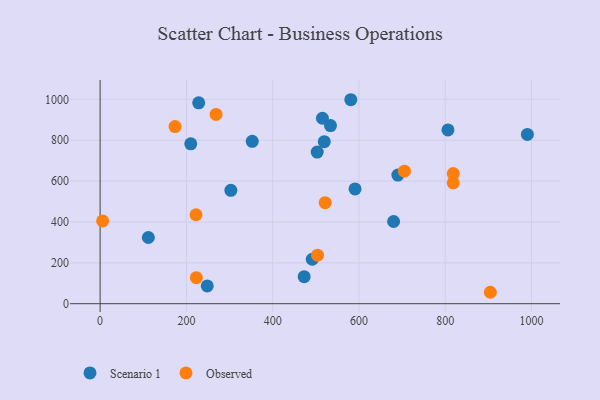
{"axis": {"x": "Investment", "y": "Exam Score"}, "legend": ["Observed", "Scenario 1"], "data": [{"x": "680.3", "y": 402.2, "type": "Scenario 1"}, {"x": "690.2", "y": 629.3, "type": "Scenario 1"}, {"x": "503.2", "y": 742.1, "type": "Scenario 1"}, {"x": "581.1", "y": 998.1, "type": "Scenario 1"}, {"x": "491.7", "y": 217.4, "type": "Scenario 1"}, {"x": "590.9", "y": 561.6, "type": "Scenario 1"}, {"x": "228.5", "y": 982.7, "type": "Scenario 1"}, {"x": "248.3", "y": 87.0, "type": "Scenario 1"}, {"x": "210.1", "y": 782.3, "type": "Scenario 1"}, {"x": "111.8", "y": 323.9, "type": "Scenario 1"}, {"x": "534.0", "y": 871.8, "type": "Scenario 1"}, {"x": "990.4", "y": 828.2, "type": "Scenario 1"}, {"x": "473.0", "y": 132.1, "type": "Scenario 1"}, {"x": "806.3", "y": 850.3, "type": "Scenario 1"}, {"x": "515.3", "y": 907.4, "type": "Scenario 1"}, {"x": "519.6", "y": 793.0, "type": "Scenario 1"}, {"x": "352.6", "y": 794.4, "type": "Scenario 1"}, {"x": "303.0", "y": 554.7, "type": "Scenario 1"}, {"x": "521.7", "y": 494.4, "type": "Observed"}, {"x": "818.6", "y": 636.5, "type": "Observed"}, {"x": "173.7", "y": 866.9, "type": "Observed"}, {"x": "268.8", "y": 926.2, "type": "Observed"}, {"x": "223.0", "y": 127.3, "type": "Observed"}, {"x": "904.5", "y": 55.9, "type": "Observed"}, {"x": "222.3", "y": 435.3, "type": "Observed"}, {"x": "504.0", "y": 237.5, "type": "Observed"}, {"x": "5.8", "y": 405.0, "type": "Observed"}, {"x": "818.5", "y": 591.5, "type": "Observed"}, {"x": "705.4", "y": 648.3, "type": "Observed"}]}